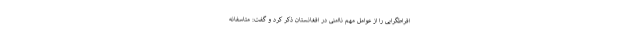
افراطگرایی را از عوامل مهم ناامنی در افغانستان ذکر کرد و گفت: متاسفانه